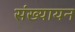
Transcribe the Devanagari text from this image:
संख्यायन